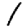
Digit: 1